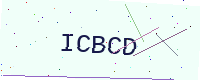
Text: ICBCD